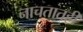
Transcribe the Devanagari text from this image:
नाचतातही